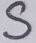
Text: S